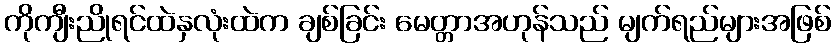
ကိုကျီးညိုရင်ထဲနှလုံးထဲက ချစ်ခြင်း မေတ္တာအဟုန်သည် မျက်ရည်များအဖြစ်